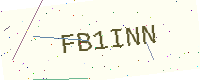
Text: FB1INN